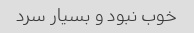
خوب نبود و بسیار سرد